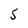
Character: 5